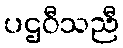
ပဌဝီသညီ